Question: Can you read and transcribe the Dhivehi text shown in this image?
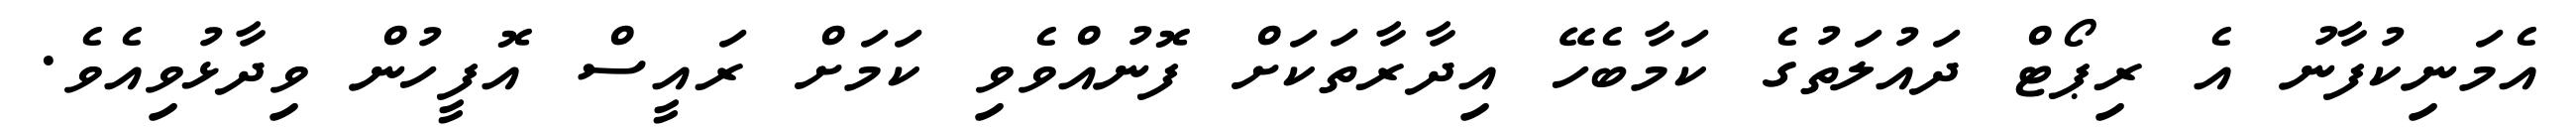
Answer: އެމަނިކުފާނު އެ ރިޕޯޓް ދައުލަތުގެ ކަމާބެހޭ އިދާރާތަކަށް ފޮނުއްވެވި ކަމަށް ރައީސް އޮފީހުން ވިދާޅުވިއެވެ.